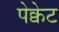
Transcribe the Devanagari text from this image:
पेक्वेट